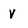
Character: V